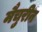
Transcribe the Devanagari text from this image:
मैचुरीन